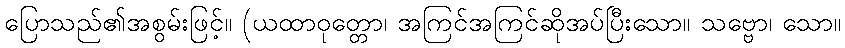
ပြောသည်၏အစွမ်းဖြင့်။ (ယထာဝုတ္တော၊ အကြင်အကြင်ဆိုအပ်ပြီးသော။ သဗ္ဗော၊ သော။